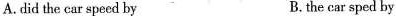
A.did the car speed by B.the car sped by